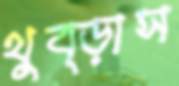
থুব্‌ড়াস